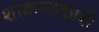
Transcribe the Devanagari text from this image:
शाकन्तकारी